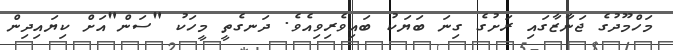
މަހްމޫދުގެ ޖަނާޒާގައި ރަށުގެ ގިނަ ބަޔަކު ބައިވެރިވިއެވެ. ދަނގެތީ މީހަކު "ސަން"އަށް ކިޔައިދިން